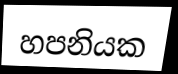
හපනියක